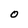
Character: O